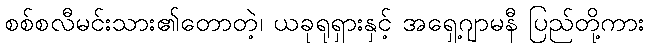
စစ်စလီမင်းသား၏တောတဲ့၊ ယခုရုရှားနှင့် အရှေ့ဂျာမနီ ပြည်တို့ကား